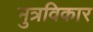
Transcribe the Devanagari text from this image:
मुत्रविकार